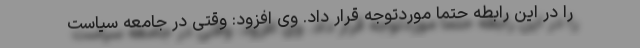
را در این رابطه حتماً موردتوجه قرار داد. وی افزود: وقتی در جامعه سیاست